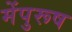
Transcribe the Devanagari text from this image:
मेंपुरूष